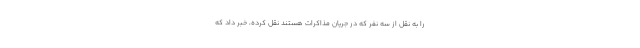
را به نقل از سه نفر که در جریان مذاکرات هستند نقل کرده، خبر داد که